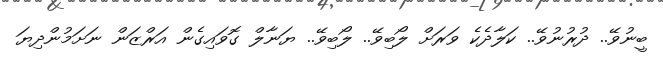
ބީނުވޭ.. ދުރުނުވޭ.. ކަލާދެކެ ވަރަށް ލޯބިވޭ.. ލޯބިވޭ.. ޔަނާލް ގޮވައިގެން އަރްޒަން ނަށަމުންދިޔަ